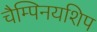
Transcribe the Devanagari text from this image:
चैम्पिनयशिप